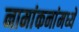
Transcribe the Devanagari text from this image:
नामांकनांमध्ये